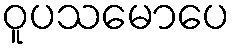
ဝူပသမောပေ